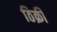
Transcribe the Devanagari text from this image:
ठिक्री